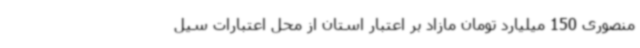
منصوری 150 میلیارد تومان مازاد بر اعتبار استان از محل اعتبارات سیل